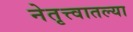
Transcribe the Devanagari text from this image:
नेतृत्त्वातल्या